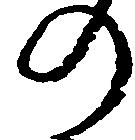
の